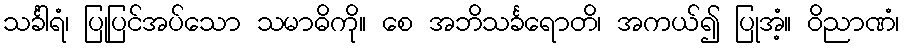
သင်္ခါရံ၊ ပြုပြင်အပ်သော သမာဓိကို။ စေ အဘိသင်္ခရောတိ၊ အကယ်၍ ပြုအံ့။ ဝိညာဏံ၊